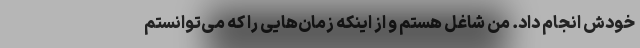
خودش انجام داد. من شاغل هستم و از اینکه زمان‌هایی را که می‌توانستم